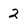
Character: 2